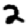
Digit: 2